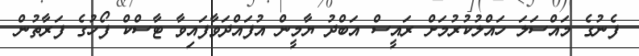
ފެނުގެ މައްސަލަ ހައްލުކުރުމަށް ރައީސް އަބްދު ޔާމީން އުފައްދަވާފައިވާ ޓާސްކް ފޯހުގެ ފަރާތުން